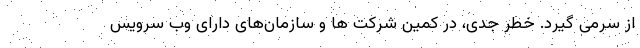
از سرمی گیرد. خطر جدی، در کمین شرکت‌ ها و سازمان‌های دارای وب سرویس